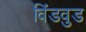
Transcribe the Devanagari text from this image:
विंडवुड